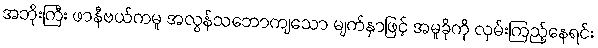
အဘိုးကြီး ဖာနီဗယ်ကမူ အလွန်သဘောကျသော မျက်နှာဖြင့် အမူခိုကို လှမ်းကြည့်နေရင်း